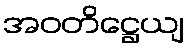
အဝတိဋ္ဌေယျ